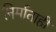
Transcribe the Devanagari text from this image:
निर्माताही